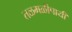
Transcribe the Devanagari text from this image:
तळमळीपायी